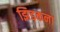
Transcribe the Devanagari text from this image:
झिड़कना